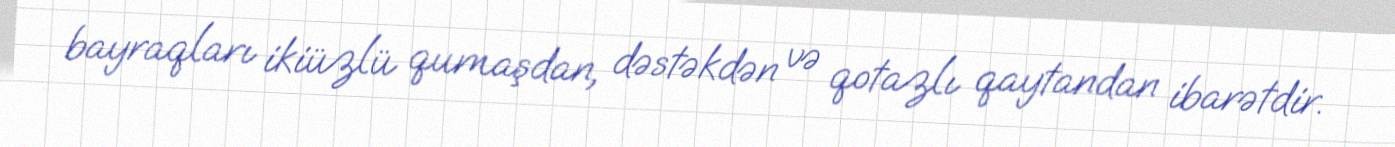
bayraqları ikiüzlü qumaşdan, dəstəkdən və qotazlı qaytandan ibarətdir.